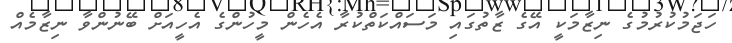
ހަޖަމުކުރުމުގެ ނިޒާމަކީ އޭގެ ޒާތުގައި މަސައްކަތްކުރާ އެހެން މީހުންގެ އެހީއަށް ބޭނުންވާ ނިޒާމެއް